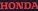
HONDA